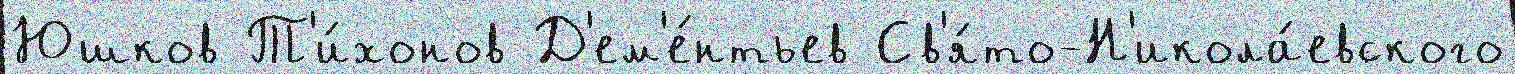
Юшков Т'и́хонов Д'ем'е́нтьев Св'я́то-Н'икола́евского